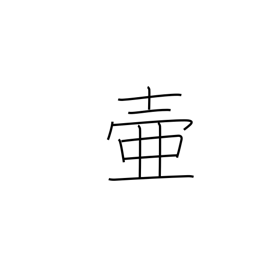
Meaning: jar